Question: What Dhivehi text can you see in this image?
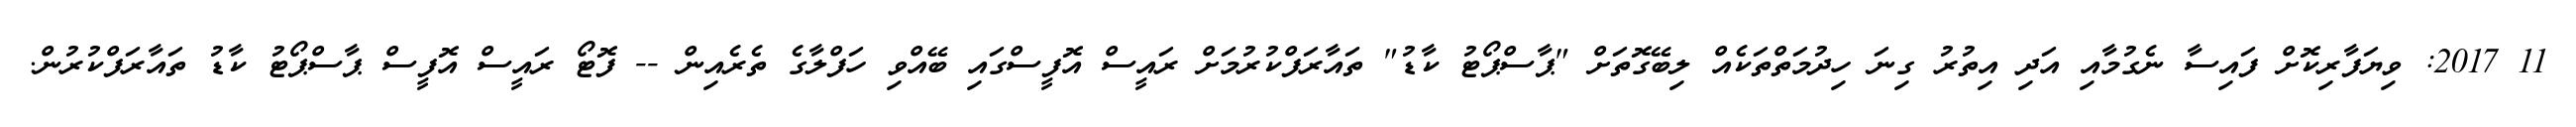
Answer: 11 2017: ވިޔަފާރިކޮށް ފައިސާ ނެގުމާއި އަދި އިތުރު ގިނަ ހިދުމަތްތަކެއް ލިބޭގޮތަށް "ޕާސްޕޯޓު ކާޑު" ތައާރަފްކުރުމަށް ރައީސް އޮފީސްގައި ބޭއްވި ހަފްލާގެ ތެރެއިން -- ފޮޓޯ ރައީސް އޮފީސް ޕާސްޕޯޓު ކާޑު ތައާރަފްކުރުން.